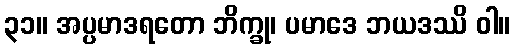
၃၁။ အပ္ပမာဒရတော ဘိက္ခု၊ ပမာဒေ ဘယဒဿိ ဝါ။